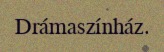
Drámaszínház.